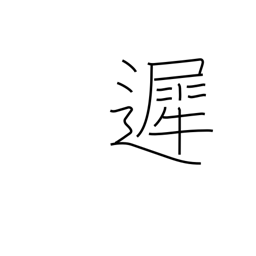
Meaning: tardy